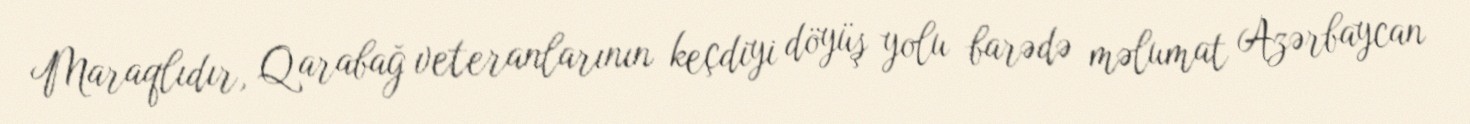
Maraqlıdır, Qarabağ veteranlarının keçdiyi döyüş yolu barədə məlumat Azərbaycan